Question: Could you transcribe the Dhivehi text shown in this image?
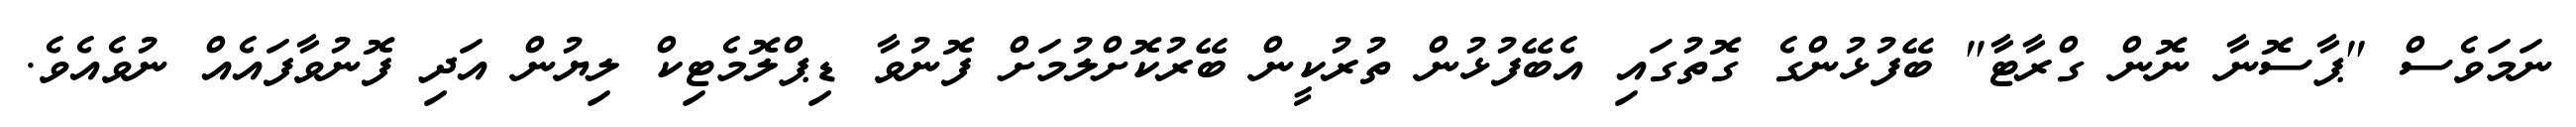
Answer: ނަމަވެސް "ޕާސޮނާ ނޮން ގްރާޓާ" ބޭފުޅުންގެ ގޮތުގައި އެބޭފުޅުން ތުރުކީން ބޭރުކޮށްލުމަށް ފޮނުވާ ޑިޕްލޮމެޓިކް ލިޔުން އަދި ފޮނުވާފައެއް ނުވެއެވެ.